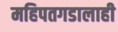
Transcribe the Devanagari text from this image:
महिपतगडालाही